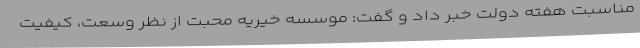
مناسبت هفته دولت خبر داد و گفت: موسسه خیریه محبت از نظر وسعت، کیفیت